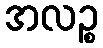
အလဉ္စ